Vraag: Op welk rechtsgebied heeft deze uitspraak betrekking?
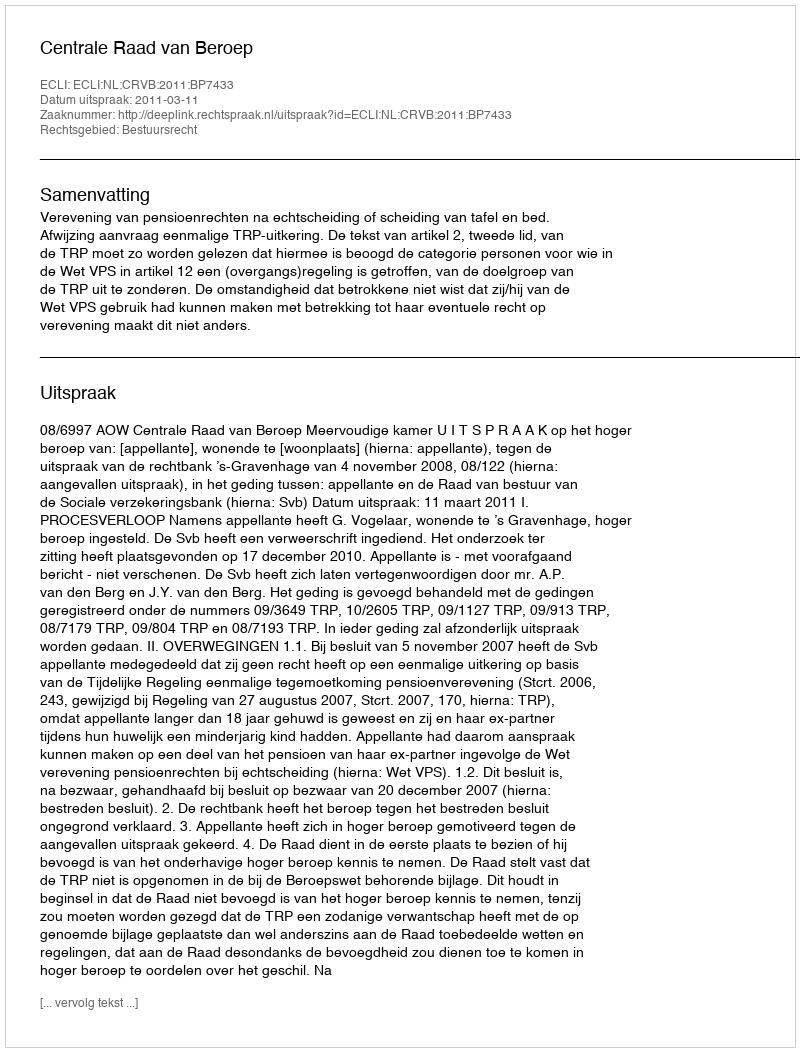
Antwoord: Bestuursrecht